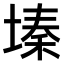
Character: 𫮔